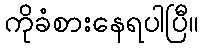
ကိုခံစားနေရပါပြီ။